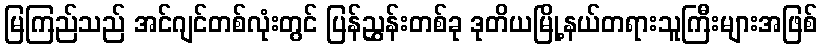
မြကြည်သည် အင်ဂျင်တစ်လုံးတွင် ပြန်ညွှန်းတစ်ခု ဒုတိယမြို့နယ်တရားသူကြီးများအဖြစ်